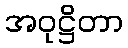
အဝုဋ္ဌိတာ